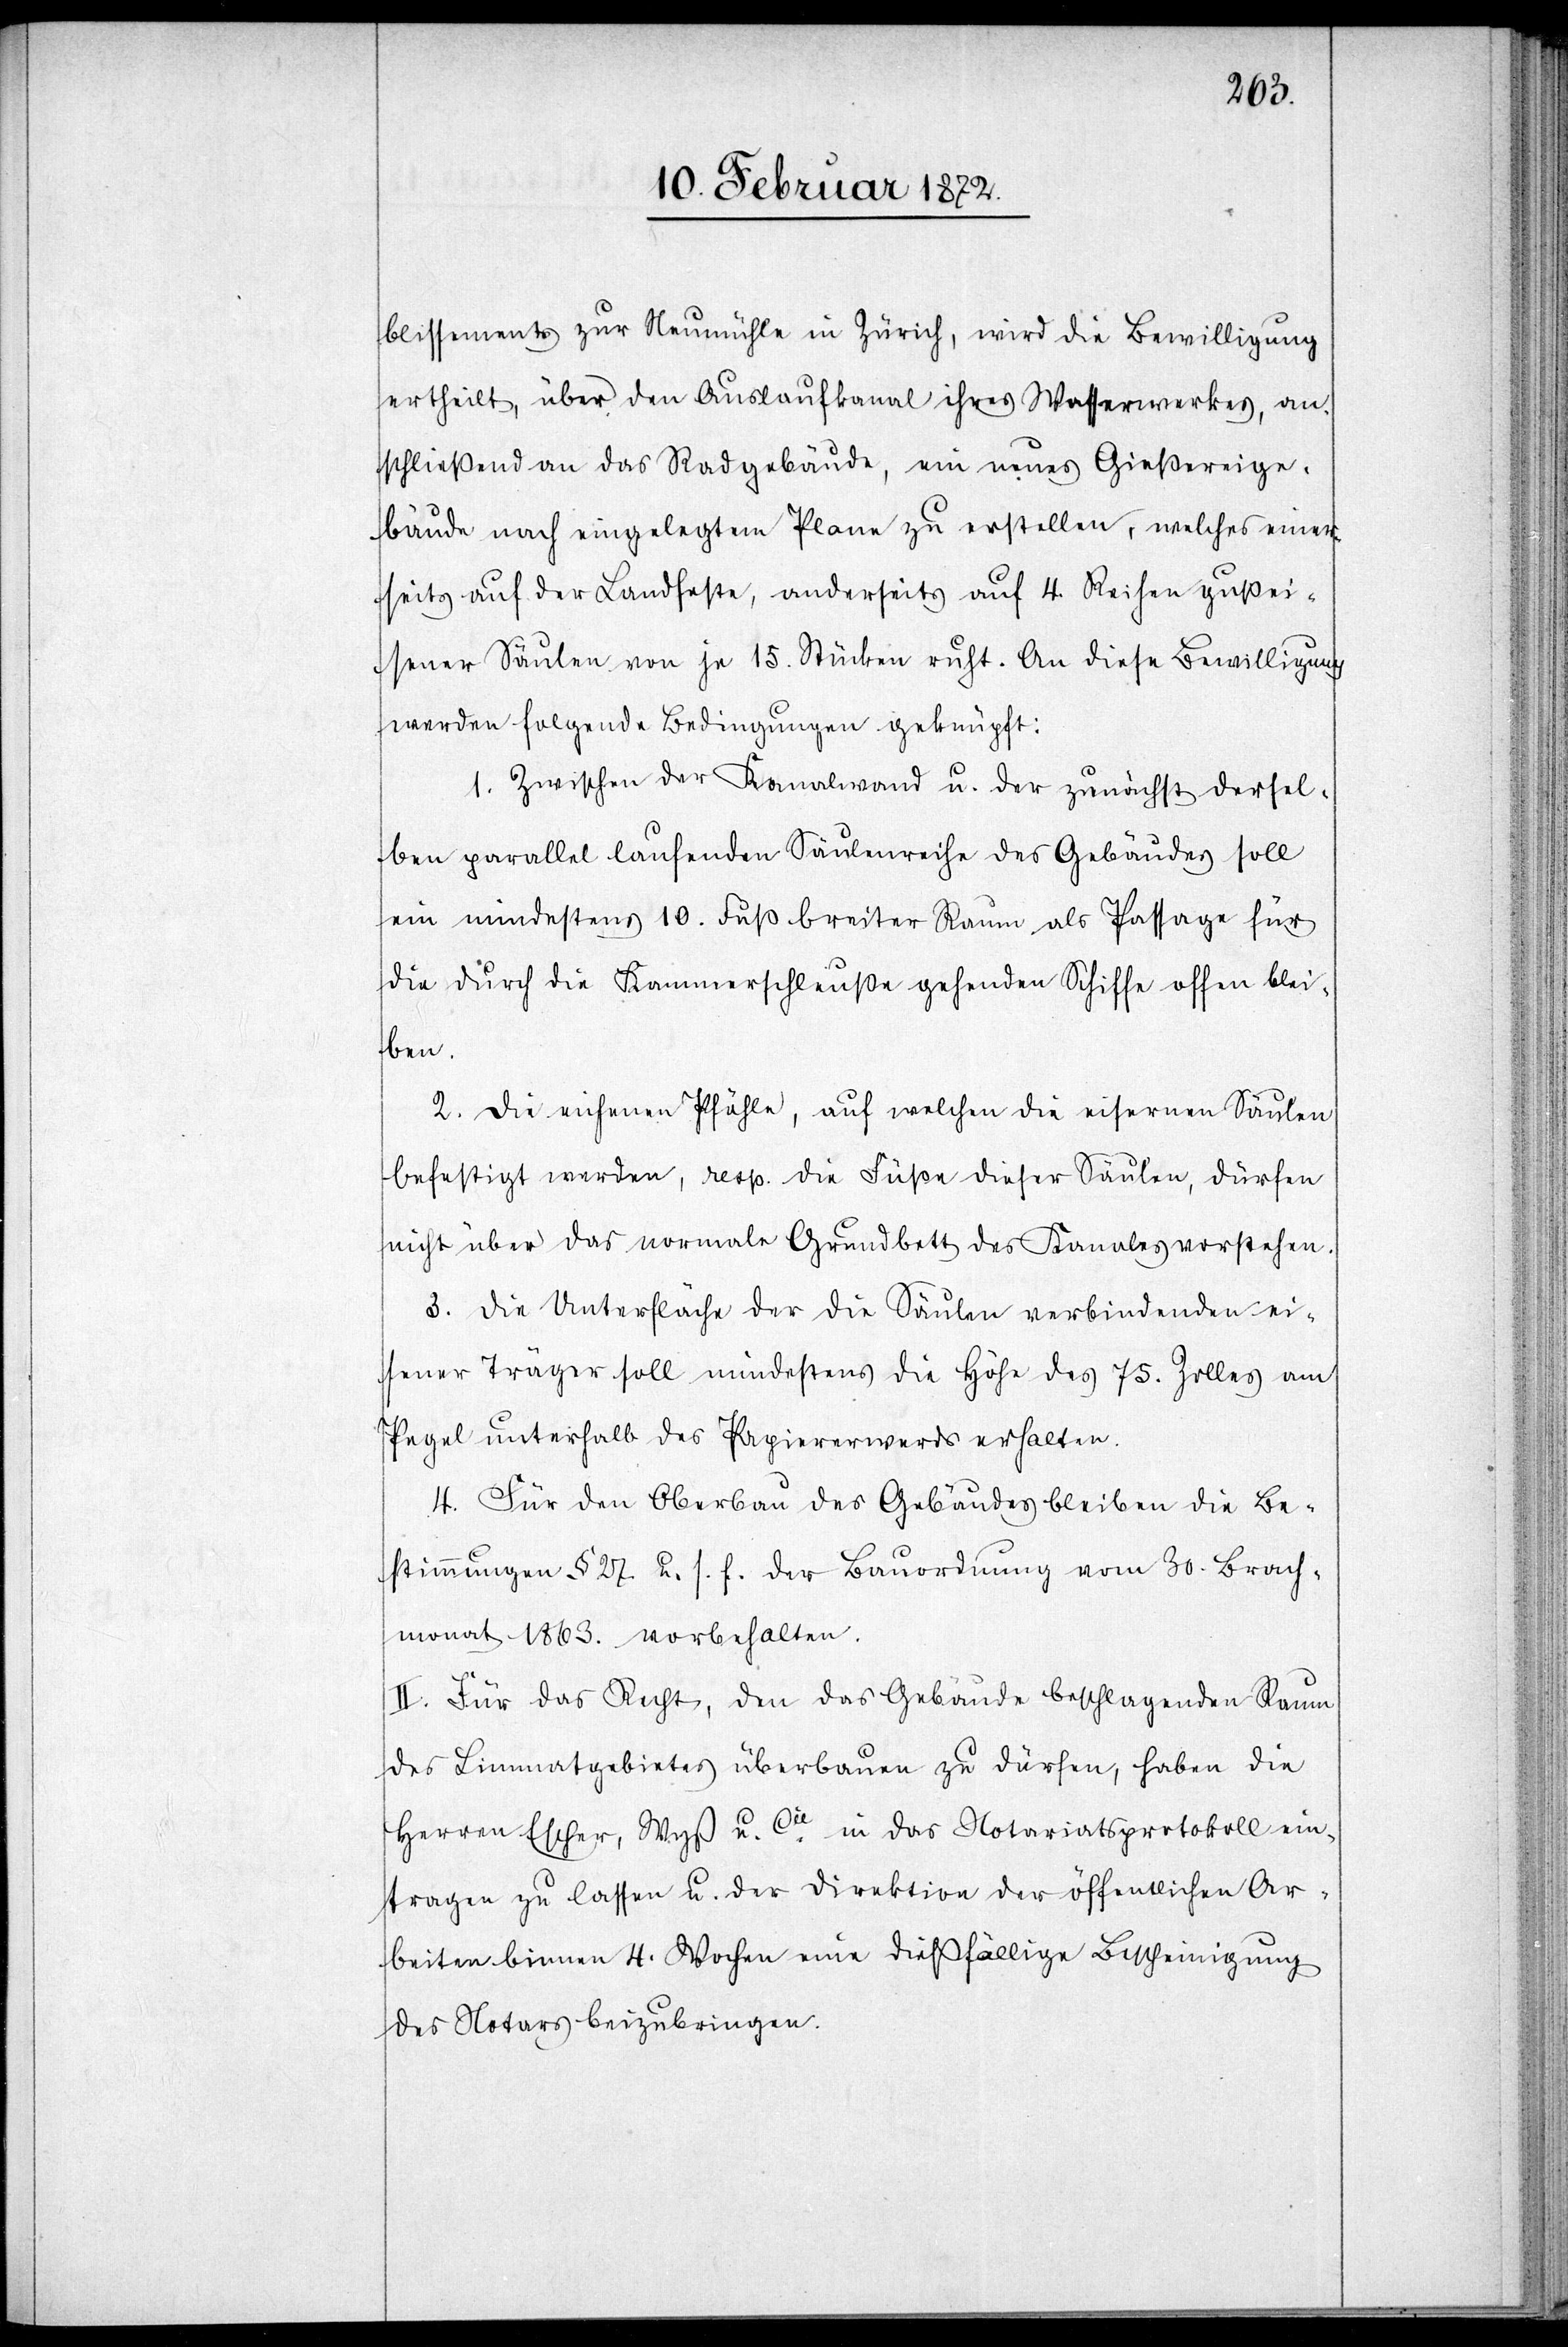
blissements zur Neumühle in Zürich, wird die Bewilligung
ertheilt, über den Auslaufkanal ihres Wasserwerkes, an¬
schließend an das Radgebäude, ein neues Gießereige¬
bäude nach eingelegtem Plane zu erstellen, welches einer¬
seits auf der Landfeste, anderseits auf 4. Reihen gußei¬
sener Säulen von je 15. Stücken ruht. An diese Bewilligung
werden folgende Bedingungen geknüpft:
1. Zwischen der Kanalwand u. der zunächst dersel¬
ben parallel laufenden Säulenreihe des Gebäudes soll
ein mindestens 10. Fuß breiter Raum als Passage für
die durch die Kammerschleuße gehenden Schiff offen blei¬
ben.
2. Die eichenen Pfähle, auf welchem die eisernen Säulen
befestigt werden, resp. die Füße dieser Säulen, dürfen
nicht über das normale Grundbett des Kanales vorstehen.
3. Die Unterfläche der die Säulen verbindenden ei¬
sener [sic!] Träger soll mindestens die Höhe des 75. Zolles am
Pegel unterhalb des Papierwerks erhalten.
4. Für den Oberbau des Gebäudes bleiben die Be¬
stimmungen § 27 u. s. f. der Bauordnung vom 30. Brach¬
monat 1863. vorbehalten.
II. Für das Recht, den das Gebäude beschlagenden Raum
des Limmatgebietes überbauen zu dürfen, haben die
Herren Escher, Wyß u. Cie in das Notariatsprotokoll ein¬
tragen zu lassen u. der Direktion der öffentlichen Ar¬
beiten binnen 4. Wochen eine dießfällige Bescheinigung
des Notars beizubringen.